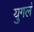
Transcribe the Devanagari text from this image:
युगलं